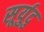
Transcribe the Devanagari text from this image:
सूर्युदु